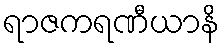
ရာဇကရဏီယာနိ